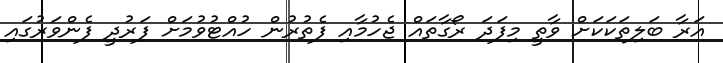
އަރާ ބަލިތަކަކަށް ވާތީ މިފަދަ ރޯގާތައް ޖެހުމާއި ފެތުރުން ހުއްޓުވުމަށް ފަރުދީ ފެންވަރުގައި